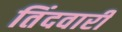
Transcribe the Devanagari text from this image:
तिंदवारी